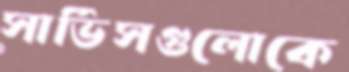
সার্ভিসগুলোকে